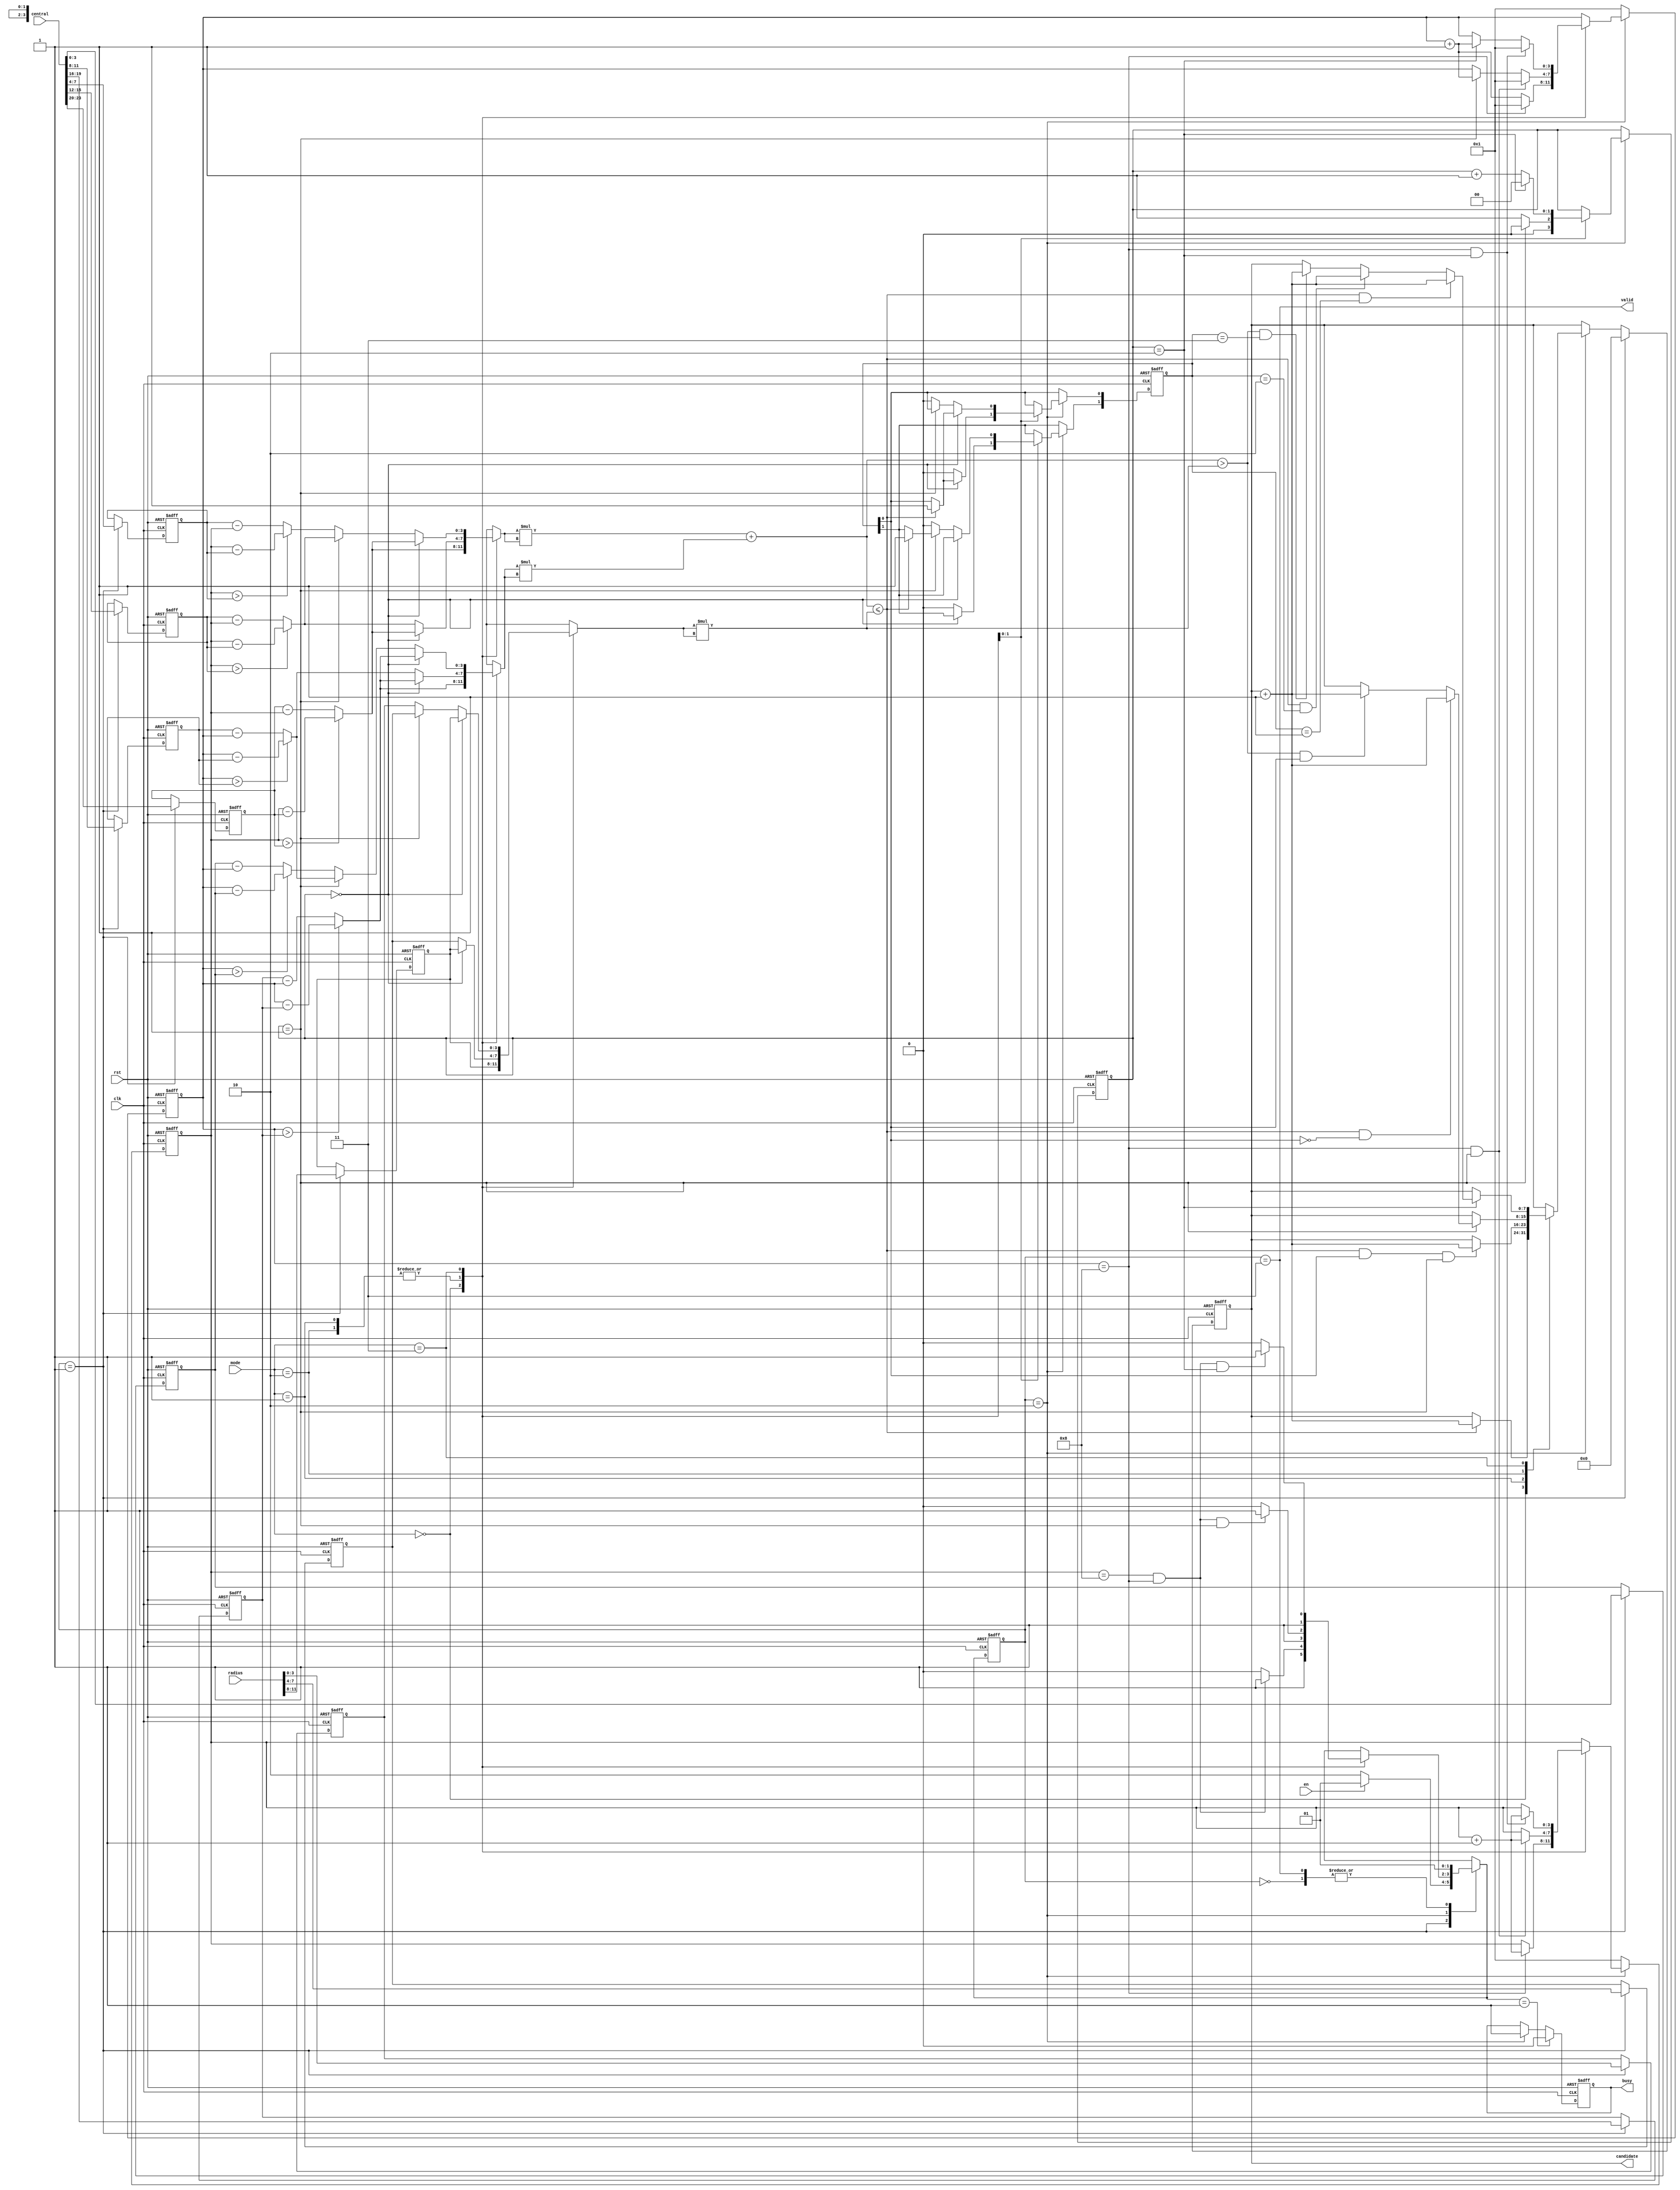

module SET ( 
	//Input Signals
	clk , rst, en, central, radius, mode,
	//Output Signals
	busy, valid, candidate );

//================================================================
//  INPUT AND OUTPUT DECLARATION                      
//================================================================	
input clk, rst;
input en;
input [23:0] central;
input [11:0] radius;
input [1:0] mode;
output reg busy;
output valid;
output reg [7:0] candidate;

//================================================================
//  Wires & Registers                   
//================================================================	
reg [1:0] cur_state, nx_state;

reg [3:0] x_tmp, y_tmp, R;
reg [3:0] x_A, x_B, x_C, y_A, y_B, y_C;
reg [3:0] R_A, R_B, R_C;
reg [3:0] x, y;

wire [7:0] sqrt_x, sqrt_y, sqrt_r;
wire[8:0] sqrt_xy_plus ;

reg [1:0] match_array;

reg [1:0] counter;

//================================================================
//  integer / genvar / parameters 
//================================================================
parameter STATE_IDLE = 2'd0, STATE_READ = 2'd1, STATE_PROC = 2'd2, STATE_WRITE = 2'd3;

//================================================================
//  READ_DATA 
//================================================================

//x axis
always@( posedge clk or posedge rst ) begin
	if( rst ) begin
		x_A <= 4'd0; x_B <= 4'd0; x_C <= 4'd0;
	end
	else if( cur_state == STATE_READ ) begin
		x_A <= {central[23:20]}; x_B <= {central[15:12]}; x_C <= {central[7:4]};
	end
end

//y axis
always@( posedge clk or posedge rst ) begin
	if( rst ) begin
		y_A <= 4'd0; y_B <= 4'd0; y_C <= 4'd0;
	end
	else if( cur_state == STATE_READ ) begin
		y_A <= {central[19:16]}; y_B <= {central[11:8]}; y_C <= {central[3:0]};		
	end
end

//Radius
always@( posedge clk or posedge rst ) begin
	if( rst ) begin
		R_A <= 4'd0; R_B <= 4'd0; R_C <= 4'd0;
	end
	else if( cur_state == STATE_READ ) begin
		R_A <= {radius[11:8]}; R_B <= {radius[7:4]}; R_C <= {radius[3:0]};		
	end
end

//================================================================
//  PROC 
//================================================================
assign sqrt_x = x_tmp * x_tmp;
assign sqrt_y = y_tmp * y_tmp;
assign sqrt_xy_plus = sqrt_x + sqrt_y;
assign sqrt_r = R * R;

//xA_tmp && yA_tmp
always@( * ) begin
	case( mode )
	2'b00: begin
		x_tmp = ( x > x_A )? x - x_A : x_A - x;
		y_tmp = ( y > y_A )? y - y_A : y_A - y;
		R = R_A;
	end
	2'b01, 2'b10: begin
		if( counter == 2'd0 ) begin
			x_tmp = ( x > x_A )? x - x_A : x_A - x;
			y_tmp = ( y > y_A )? y - y_A : y_A - y;
			R = R_A;
		end
		else begin
			x_tmp = ( x > x_B )? x - x_B : x_B - x;
			y_tmp = ( y > y_B )? y - y_B : y_B - y;
			R = R_B;
		end
	end
	2'b11: begin
		if( counter == 2'd0 ) begin
			x_tmp = ( x > x_A )? x - x_A : x_A - x;
			y_tmp = ( y > y_A )? y - y_A : y_A - y;
			R = R_A;
		end
		else if( counter == 2'd1 ) begin
			x_tmp = ( x > x_B )? x - x_B : x_B - x;
			y_tmp = ( y > y_B )? y - y_B : y_B - y;
			R = R_B;
		end
		else begin
			x_tmp = ( x > x_C )? x - x_C : x_C - x;
			y_tmp = ( y > y_C )? y - y_C : y_C - y;
			R = R_C;
		end
	end
	
	endcase
end

//x
always@( posedge clk or posedge rst ) begin
	if( rst ) x <= 4'd1;
	else if( cur_state == STATE_PROC ) begin	
		case( mode )
		2'b00: x <= ( y == 4'd8 )? x + 4'd1 : x;
		2'b01, 2'b10: begin
			if( y == 4'd8 && counter == 2'b01 ) x <= x + 4'd1;
		end
		2'b11: begin
			if( y == 4'd8 && counter == 2'b10 ) x <= x + 4'd1;
		end
		
		endcase
	end
	else x <= 4'd1;
end

//y
always@( posedge clk or posedge rst ) begin
	if( rst ) y <= 4'd1;
	else if( cur_state == STATE_PROC ) begin
		case( mode )
		2'b00: y <= ( y == 4'd8 )? 4'd1 : y + 4'd1;
		2'b01, 2'b10: begin
			if( y == 4'd8 && counter == 2'b01 ) y <= 4'd1;
			else if( counter == 2'b01 ) y <= y + 4'd1;			
		end
		2'b11: begin
			if( y == 4'd8 && counter == 2'b10 ) y <= 4'd1;
			else if( counter == 2'b10 ) y <= y + 4'd1;	
		end
		endcase
	end
	else y <= 4'd1;
end

//counter 
always@( posedge clk or posedge rst ) begin
	if( rst ) counter <= 2'd0;
	else if( cur_state == STATE_PROC ) begin
		case( mode )
		2'b01, 2'b10: counter <= ( counter == 2'd1 )? 2'd0 : 2'd1 ;
		2'b11: counter <= ( counter == 2'd2 )? 2'd0 : counter + 2'd1 ;
		endcase
	end
end

//================================================================
//  match_array 
//================================================================
always@( posedge clk or posedge rst ) begin
	if( rst ) match_array <= 2'd0;
	else if( cur_state == STATE_PROC ) begin
		case( mode )
		2'b01, 2'b10: begin
			if( counter == 2'd0 ) begin
				if( sqrt_xy_plus <= sqrt_r ) match_array[0] <= 1'd1;	
			end
			else match_array <= 1'd0;
		end
		2'b11: begin
			if( counter == 2'd0 ) begin
				if( sqrt_xy_plus <= sqrt_r ) match_array[0] <= 1'd1;	
			end
			else if( counter == 2'd1 ) begin
				if( sqrt_xy_plus <= sqrt_r ) match_array[1] <= 1'd1;				
			end
			else match_array <= 1'd0;
		end
		endcase
	end
end

//================================================================
//  candidate 
//================================================================
always@( posedge clk or posedge rst ) begin
	if( rst ) candidate <= 8'd0;
	else if( cur_state == STATE_READ ) candidate <= 8'd0;
	else if( cur_state == STATE_PROC ) begin
		case( mode )
		2'b00: begin
			if( sqrt_xy_plus <= sqrt_r ) candidate <= candidate + 8'd1;		
		end
		2'b01: begin
			if( sqrt_xy_plus <= sqrt_r && match_array[0] && counter == 2'd1 ) candidate <= candidate + 8'd1;		
		end
		2'b10: begin
			if( counter == 2'd1 ) begin
				if( sqrt_xy_plus <= sqrt_r && match_array[0] == 1'd0 ) candidate <= candidate + 8'd1;	
				else if( sqrt_xy_plus > sqrt_r && match_array[0] == 1'd1 ) candidate <= candidate + 8'd1;	
			end
		end
		2'b11: begin
			if( counter == 2'd2 ) begin
				if( sqrt_xy_plus <= sqrt_r && match_array == 2'b01 ) candidate <= candidate + 8'd1;	
				else if( sqrt_xy_plus <= sqrt_r && match_array == 2'b10 ) candidate <= candidate + 8'd1;	
				else if( sqrt_xy_plus > sqrt_r && match_array == 2'b11 ) candidate <= candidate + 8'd1;
			end
		end
		endcase
	end
end

//================================================================
//  valid 
//================================================================
assign valid = ( cur_state == STATE_WRITE );

//================================================================
// busy
//================================================================
always@( posedge clk or posedge rst ) begin
	if( rst ) busy <= 1'd0;
	else if( nx_state == STATE_READ ) busy <= 1'd0;
	else if( cur_state == STATE_PROC ) busy <= 1'd1;
end

//================================================================
// FSM
//================================================================
always@( posedge clk or posedge rst ) begin
	if( rst ) cur_state <= STATE_IDLE;
	else cur_state <= nx_state;
end

always@( * ) begin
	case( cur_state )
	STATE_IDLE: 		nx_state = STATE_READ;
	STATE_READ: 		nx_state = ( en == 1'd0 )? STATE_PROC : STATE_READ;
	STATE_PROC: begin
		case( mode )
		2'b00: 			nx_state = ( x == 4'd8 && y == 4'd8 )? STATE_WRITE : STATE_PROC ;
		2'b01, 2'b10: 	nx_state = ( x == 4'd8 && y == 4'd8 && counter == 2'b01 )? STATE_WRITE : STATE_PROC ;
		2'b11: 			nx_state = ( x == 4'd8 && y == 4'd8 && counter == 2'b10 )? STATE_WRITE : STATE_PROC ;
		default: 		nx_state = STATE_PROC;
		endcase
	end
	STATE_WRITE: 		nx_state = STATE_READ;
	default: 			nx_state = STATE_IDLE;	
	
	endcase
end

endmodule